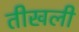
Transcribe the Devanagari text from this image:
तीखली